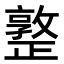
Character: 𣦤